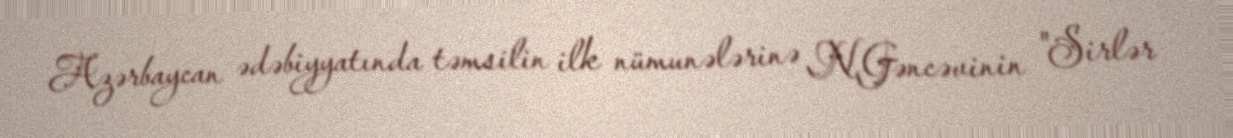
Azərbaycan ədəbiyyatında təmsilin ilk nümunələrinə N.Gəncəvinin "Sirlər